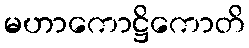
မဟာကောဋ္ဌိကောတိ